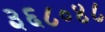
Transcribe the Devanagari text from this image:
३६८०४८